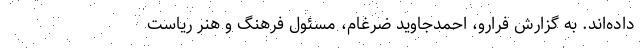
داده‌اند. به گزارش فرارو، احمدجاوید ضرغام، مسئول فرهنگ و هنر ریاست